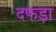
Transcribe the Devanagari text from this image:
दफड़ा